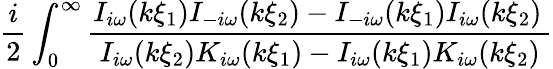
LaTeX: \frac{i}{2}\int_{0}^{\infty}\frac{I_{i\omega}(k\xi_{1})I_{-i\omega}(k\xi_{2})-I_{-i\omega}(k\xi_{1})I_{i\omega}(k\xi_{2})\, }{I_{i\omega}(k\xi_{2})K_{i\omega}(k\xi_{1})-I_{i\omega}(k\xi_{1})K_{i\omega}(k\xi_{2})}